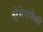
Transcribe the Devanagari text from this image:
त्रेचेनांपैकी